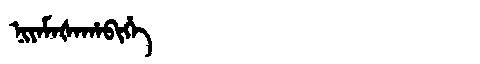
Manchu: ᠨᡳᠶᠠᠮᠠᡧᠠᡥᠠᠪᡳᡥᡝ
Romanization: NIYAMAŠAHABIHE